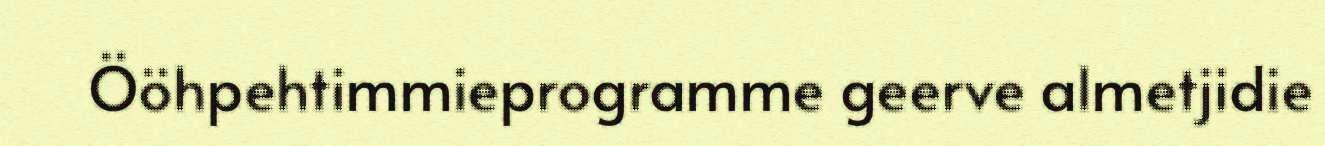
Ööhpehtimmieprogramme geerve almetjidie